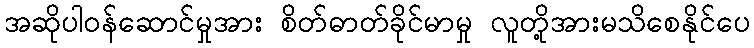
အဆိုပါဝန်ဆောင်မှုအား စိတ်ဓာတ်ခိုင်မာမှု လူတို့အားမသိစေနိုင်ပေ